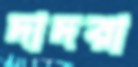
দাদরা